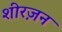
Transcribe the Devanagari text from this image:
शीरज़न